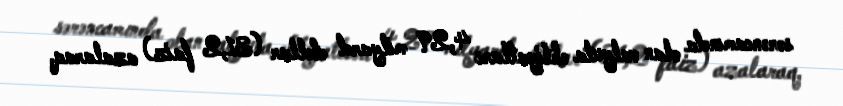
sərəncamında olan valyuta ehtiyatları 4,29 milyard dollar (31,2 faiz) azalaraq,